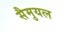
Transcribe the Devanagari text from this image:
सैमुयल